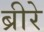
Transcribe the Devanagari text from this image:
ब्रीरे